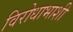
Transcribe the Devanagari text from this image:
विरोधाभाशी